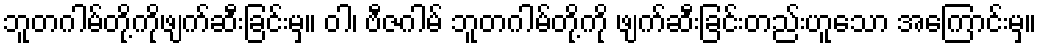
ဘူတဂါမ်တို့ကိုဖျက်ဆီးခြင်းမှ။ ဝါ၊ ဗီဇဂါမ် ဘူတဂါမ်တို့ကို ဖျက်ဆီးခြင်းတည်းဟူသော အကြောင်းမှ။